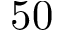
5 0